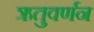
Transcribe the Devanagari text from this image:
ऋतुवर्णन